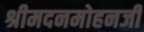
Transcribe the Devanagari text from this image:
श्रीमदनमोहनजी